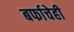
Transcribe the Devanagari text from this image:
बर्फाचेही